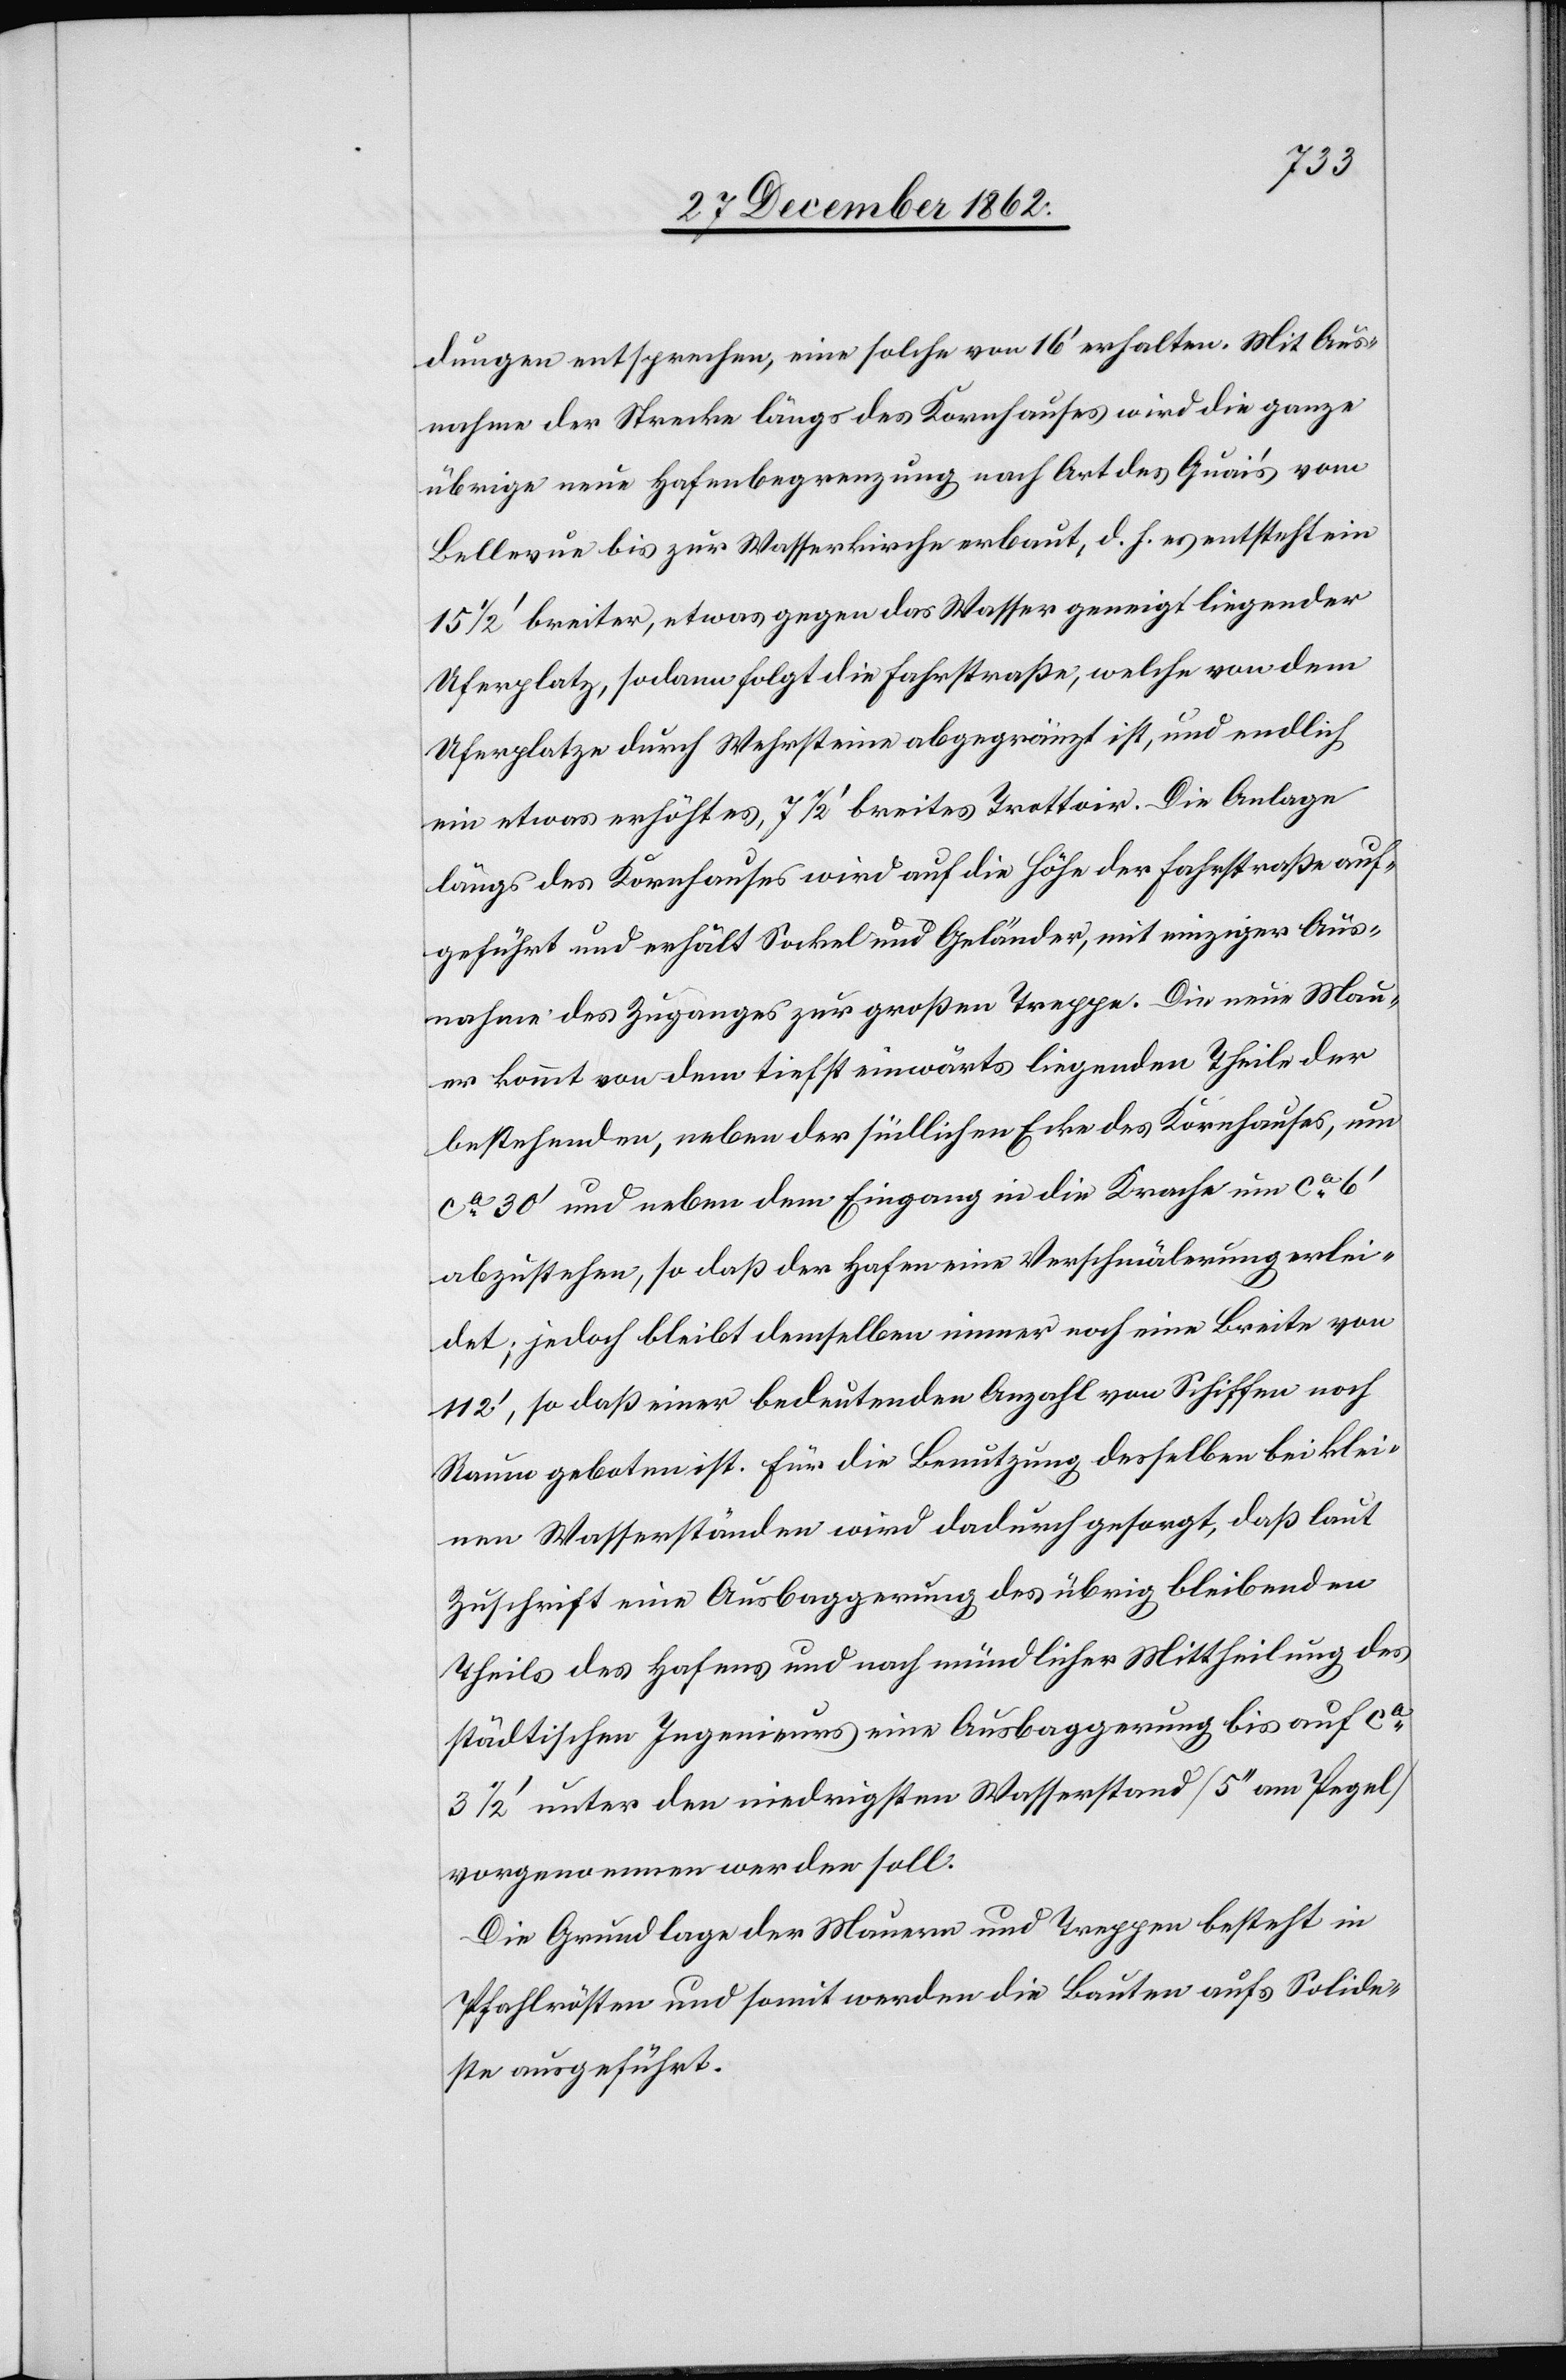
dungen entsprechen, eine solche von 16’ erhalten, mit Aus¬
nahme der Strecke längs des Kornhauses wird die ganze
übrige neue Hafenbegrenzung nach Art des Quai’s vom
Bellevue bis zur Wasserkirche erbaut, d. h. es entsteht ein
15 1/2’ breiter, etwas gegen das Wasser geneigt liegender
Uferplatz, sodann folgt die Fahrstraße, welche von dem
Uferplatze durch Wehrsteine abgegränzt ist, und endlich
ein etwas erhöhtes, 7 1/2’ breites Trottoir. Die Anlage
längs des Kornhauses wird auf die Höhe der Fahrstraße auf¬
geführt und erhält Sockel und Geländer, mit einziger Aus¬
nahme des Zuganges zur großen Treppe. Die neue Mau¬
er kommt von dem tiefst einwärts liegenden Theile der
bestehenden, neben der südlichen Ecke des Kornhauses, um
ca 30’ und neben dem Eingang an die Krache um ca 6’
abzustehen, so daß der Hafen eine Verschmälerung erlei¬
det; jedoch bleibt demselben immer noch eine Breite von
112’, so daß einer bedeutenden Anzahl von Schiffen noch
Raum geboten ist. Für die Benutzung desselben bei klei¬
nen Wasserständen wird dadurch gesorgt, daß laut
Zuschrift eine Ausbaggerung des übrig bleibenden
Theils des Hafens und nach mündlicher Mittheilung des
städtischen Ingenieurs eine Ausbaggerung bis auf ca
3 1/2’ unter den niedrigsten Wasserstand [5’’ am Pegel]
vorgenommen werden soll.
Die Grundlage der Mauern und Treppen besteht in
Pfahlrösten und somit werden die Bauten aufs Solide¬
ste ausgeführt.